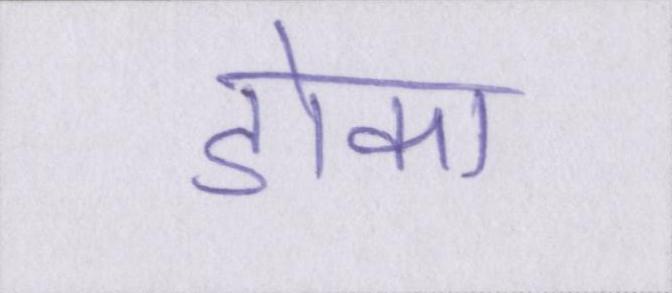
डोका